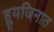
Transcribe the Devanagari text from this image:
ह्यूजिनात